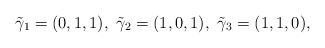
\begin{align*}\tilde{\gamma}_1=(0,1,1), \ \tilde{\gamma}_2=(1,0,1), \ \tilde{\gamma}_3=(1,1,0),\end{align*}